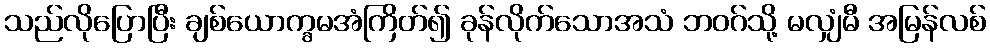
သည်လိုပြောပြီး ချစ်ယောက္ခမအံကြိတ်၍ ခုန်လိုက်သောအသံ ဘဝဂ်သို့ မလျှံမီ အမြန်လစ်